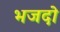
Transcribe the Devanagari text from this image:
भजदो